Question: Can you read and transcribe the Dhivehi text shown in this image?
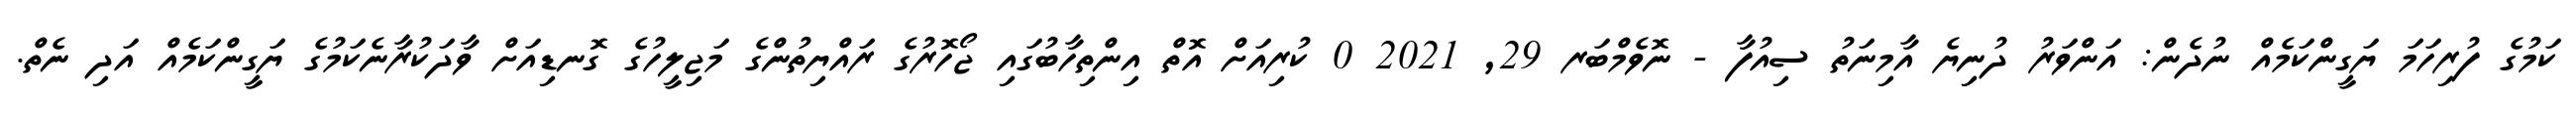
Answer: ކަމުގެ ފުރިހަމަ ޔަގީންކަމެއް ނުދެން: އަންވަރު ދުނިޔެ އާމިނަތު ސިއުފާ - ނޮވެމްބަރ 29, 2021 0 ކުރިއަށް އޮތް އިންތިހާބުގައި ޖޯހޮރުގެ ރައްޔިތުންގެ މަޖިލީހުގެ ގޮނޑިއަށް ވާދަކުރާނެކަމުގެ ޔަގީންކަމެއް އަދި ނެތް.